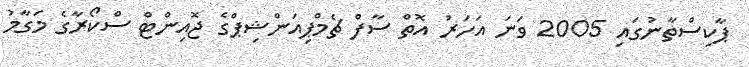
ޕާކިސްތާނުގައި 2005 ވަނަ އަހަރު އޮތް ސާފް ޗެމްޕިއަންޝިޕްގެ ޖޮއިންޓް ސްކޯރާގެ މަގާމު